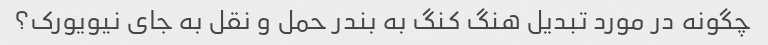
چگونه در مورد تبدیل هنگ کنگ به بندر حمل و نقل به جای نیویورک؟